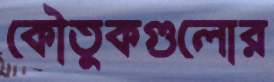
কৌতুকগুলোর